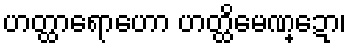
ဟတ္ထာရောဟော ဟတ္ထိမေဏ္ဍော၊